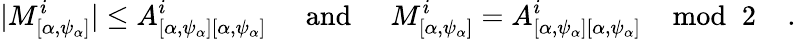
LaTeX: |M_{[\alpha,\psi_{\alpha}]}^{i}|\leq A_{[\alpha,\psi_{\alpha}][\alpha,\psi_{\alpha}]}^{i}\; \; \; \; \; \mathrm{and}\; \; \; \; \; M_{[\alpha,\psi_{\alpha}]}^{i}=A_{[\alpha,\psi_{\alpha}][\alpha,\psi_{\alpha}]}^{i}\; \; \; \; \mathrm{mod}\; \; 2\; \; \; \; .